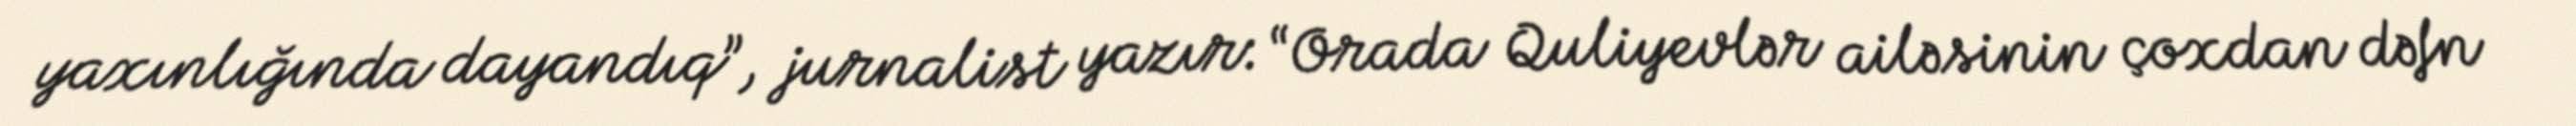
yaxınlığında dayandıq”, jurnalist yazır: “Orada Quliyevlər ailəsinin çoxdan dəfn